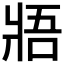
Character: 𤕻